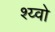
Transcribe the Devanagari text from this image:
श्य्वो